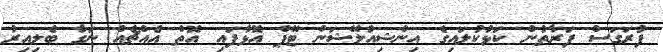
ފުރަގަސް ފަރާތުން ކަޅުކުލައިގެ އިންޝިއުލޭޝަން ޓޭޕް އޮޅާފައި އޮތް އެއްޗެއް ނަގާ ބެލިއިރު